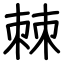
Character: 棘